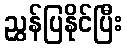
ညွှန်ပြနိုင်ပြီး